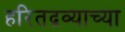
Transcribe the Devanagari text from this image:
हरितद्रव्याच्या